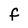
Character: F